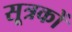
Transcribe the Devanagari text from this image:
सूत्रकों